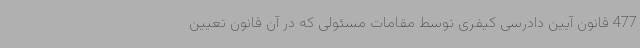
477 قانون آیین دادرسی کیفری توسط مقامات مسئولی که در آن قانون تعیین